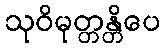
သုဝိမုတ္တန္တိပေ